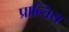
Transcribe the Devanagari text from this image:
प्रान्तिय